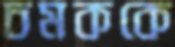
চমককে